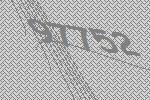
97752